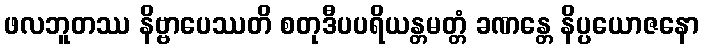
ဖလဘူတဿ နိဗ္ဗာပေဿတိ စတုဒီပပရိယန္တမတ္တံ ခဏန္တေ နိပ္ပယောဇနော